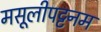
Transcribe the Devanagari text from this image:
मसूलीपट्टनम